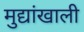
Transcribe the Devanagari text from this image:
मुद्यांखाली